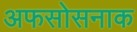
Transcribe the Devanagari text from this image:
अफसोसनाक